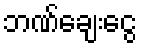
ဘဏ်ချေးငွေ